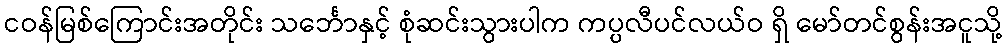
ငဝန်မြစ်ကြောင်းအတိုင်း သင်္ဘောနှင့် စုံဆင်းသွားပါက ကပ္ပလီပင်လယ်ဝ ရှိ မော်တင်စွန်းအငူသို့